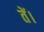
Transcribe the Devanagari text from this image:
तें।